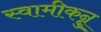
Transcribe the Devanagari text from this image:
स्वामीकन्नु